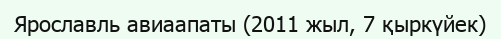
Ярославль авиаапаты (2011 жыл, 7 қыркүйек)